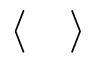
\langle \quad \rangle